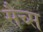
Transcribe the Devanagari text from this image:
सैच्‍स